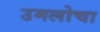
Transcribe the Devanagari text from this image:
उमलोचा